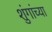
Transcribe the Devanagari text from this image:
शुंगांच्या